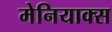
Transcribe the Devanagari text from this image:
मेनियाक्स